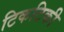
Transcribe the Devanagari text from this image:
टिकटिकी